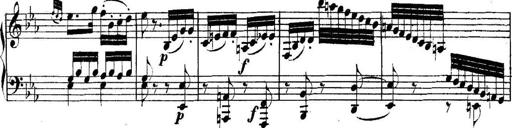
Title: Collected Piano Sonatas
Composer: Muzio Clementi